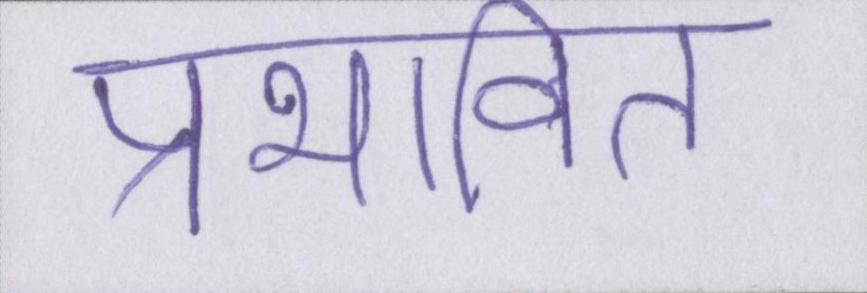
प्रभावित